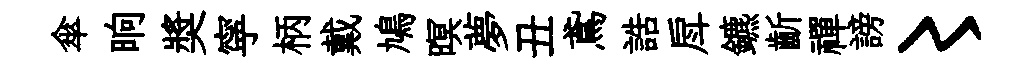
傘晌奬寜柄戴鳩暝夢丑鳶誥戽鑣齗禪謗〻